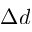
\Delta d